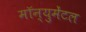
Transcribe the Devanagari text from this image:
मॉन्युमेंटल